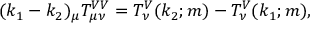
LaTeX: ( k _ { 1 } - k _ { 2 } ) _ { \mu } T _ { \mu \nu } ^ { V V } = T _ { \nu } ^ { V } ( k _ { 2 } ; m ) - T _ { \nu } ^ { V } ( k _ { 1 } ; m ) ,